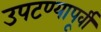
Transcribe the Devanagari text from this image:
उपटण्यापूर्वी